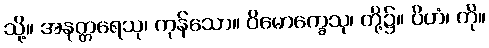
သို့။ အနုတ္တရေသု၊ ကုန်သော။ ဝိမောက္ခေသု၊ တို့၌။ ပိဟံ၊ ကို။